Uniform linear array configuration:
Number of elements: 16
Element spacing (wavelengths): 0.25
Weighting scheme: binomial
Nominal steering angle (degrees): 30
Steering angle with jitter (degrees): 30.108
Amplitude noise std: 0.05
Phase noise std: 0.05

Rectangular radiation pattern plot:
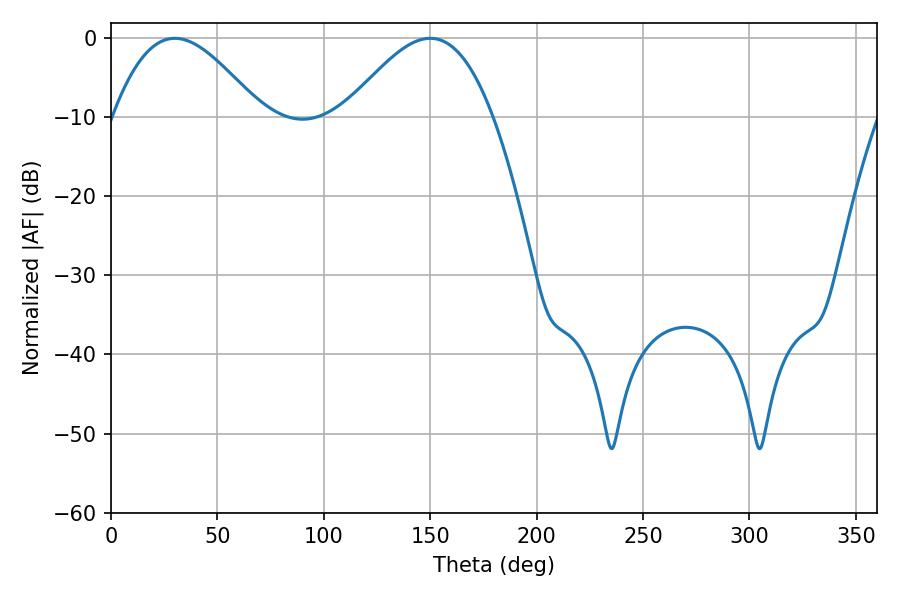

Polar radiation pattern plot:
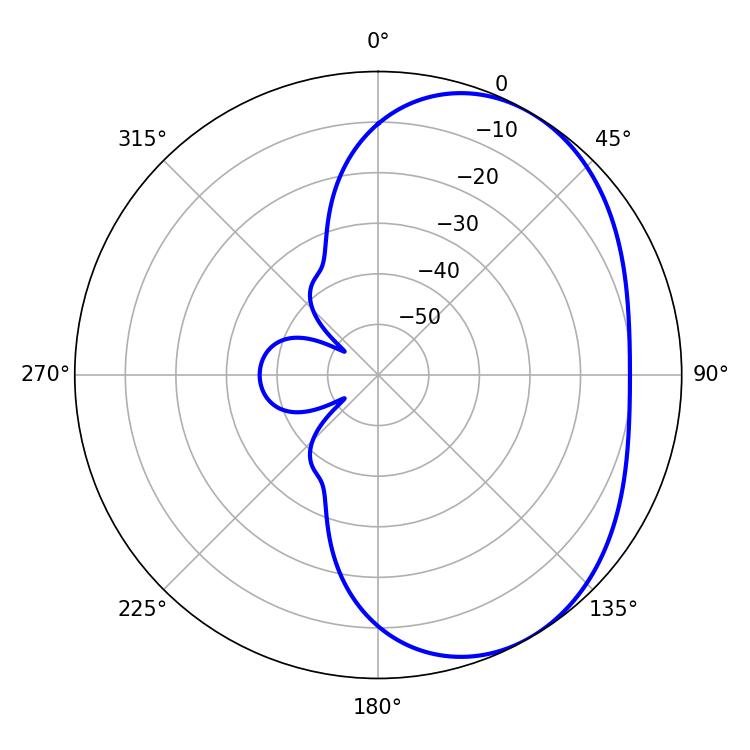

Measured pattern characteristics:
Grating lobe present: FALSE
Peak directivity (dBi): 3.933
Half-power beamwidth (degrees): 37.44
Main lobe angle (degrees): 30.06